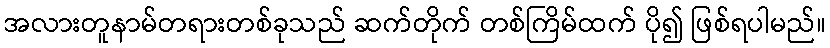
အလားတူနာမ်တရားတစ်ခုသည် ဆက်တိုက် တစ်ကြိမ်ထက် ပို၍ ဖြစ်ရပါမည်။